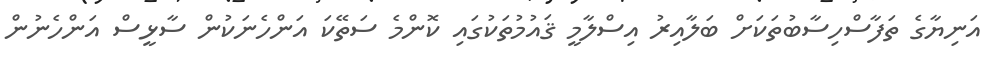
އަނިޔާގެ ތަފާސްހިސާބުތަކަށް ބަލާއިރު އިސްލާމީ ޤައުމުތަކުގައި ކޮންމެ ސަތޭކަ އަންހެނަކުން ސާޅީސް އަންހެނުން